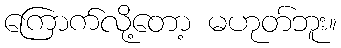
ကြောက်လို့တော့ မဟုတ်ဘူး။